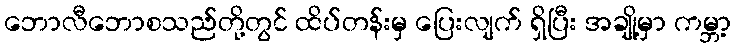
ဘောလီဘောစသည်တို့တွင် ထိပ်တန်းမှ ပြေးလျက် ရှိပြီး အချို့မှာ ကမ္ဘာ့